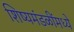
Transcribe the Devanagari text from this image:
शिष्यमंडळींमध्ये